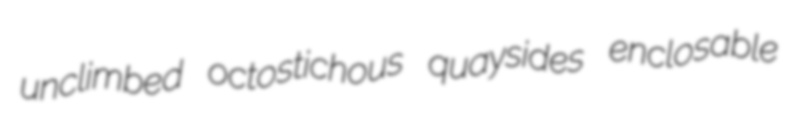
unclimbed octostichous quaysides enclosable